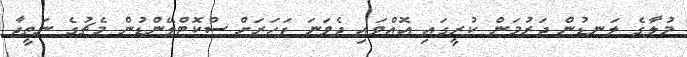
މުލާގެ ލަނޑުން ޖަރުމަން ކުރީގައި އޮއްވައި ދެވަނަ ފަހަރަށް ސްކޮޓްލޭންޑުން މެޗުގެ ނަތީޖާ